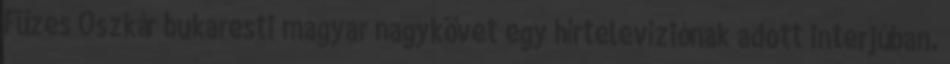
Füzes Oszkár bukaresti magyar nagykövet egy hírtelevíziónak adott interjúban.